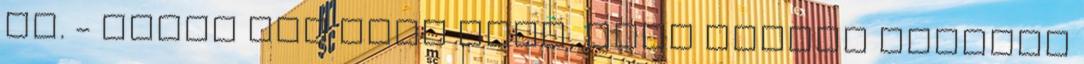
út. - mutat egy utca felé, mely hosszú sétánya